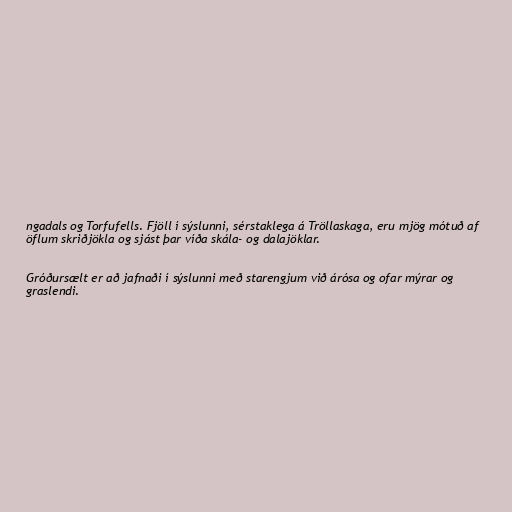
ngadals og Torfufells. Fjöll í sýslunni, sérstaklega á Tröllaskaga, eru mjög mótuð af
öflum skriðjökla og sjást þar víða skála- og dalajöklar.

Gróðursælt er að jafnaði í sýslunni með starengjum við árósa og ofar mýrar og
graslendi.